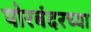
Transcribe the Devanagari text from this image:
पोरबंदरच्या